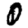
Digit: 0